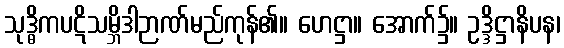
သုဒ္ဓိကပဋိသမ္ဘိဒါဉာဏ်မည်ကုန်၏။ ဟေဋ္ဌာ။ အောက်၌။ ဥဒ္ဒိဋ္ဌာနိပန၊